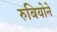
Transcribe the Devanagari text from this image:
रुबियोने